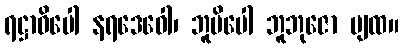
ရဋ္ဌာဓိပေါ နရဒေဝေါ၊ ဘူမိပေါ ဘူဘုဇော ပျထ။